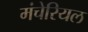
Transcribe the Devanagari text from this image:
मंचेरियल